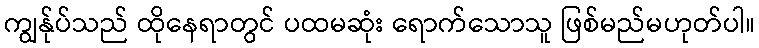
ကျွန်ုပ်သည် ထိုနေရာတွင် ပထမဆုံး ရောက်သောသူ ဖြစ်မည်မဟုတ်ပါ။